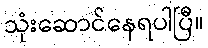
သုံးဆောင်နေရပါပြီ။